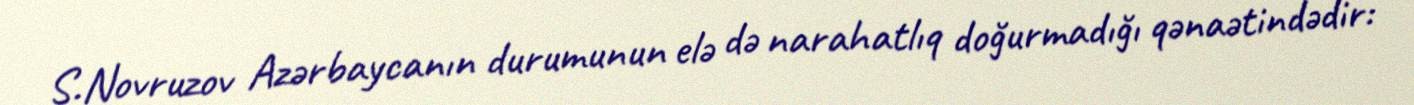
S.Novruzov Azərbaycanın durumunun elə də narahatlıq doğurmadığı qənaətindədir: